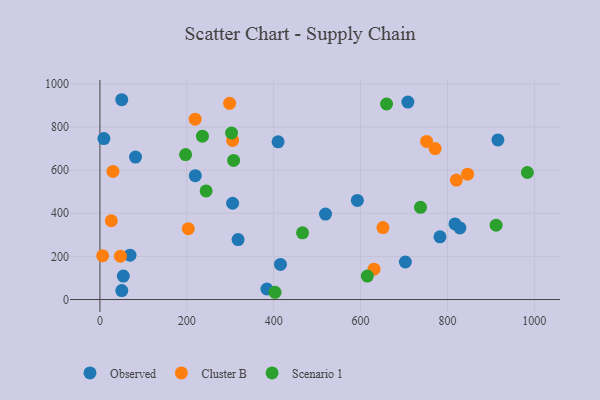
{"axis": {"x": "Investment", "y": "Rating"}, "legend": ["Cluster B", "Observed", "Scenario 1"], "data": [{"x": "916.2", "y": 740.2, "type": "Observed"}, {"x": "410.1", "y": 731.5, "type": "Observed"}, {"x": "305.4", "y": 446.5, "type": "Observed"}, {"x": "415.6", "y": 162.8, "type": "Observed"}, {"x": "50.3", "y": 41.4, "type": "Observed"}, {"x": "592.6", "y": 459.9, "type": "Observed"}, {"x": "519.3", "y": 396.4, "type": "Observed"}, {"x": "703.1", "y": 174.2, "type": "Observed"}, {"x": "708.9", "y": 915.9, "type": "Observed"}, {"x": "9.1", "y": 746.7, "type": "Observed"}, {"x": "50.2", "y": 926.7, "type": "Observed"}, {"x": "318.0", "y": 278.2, "type": "Observed"}, {"x": "782.8", "y": 290.7, "type": "Observed"}, {"x": "817.4", "y": 350.5, "type": "Observed"}, {"x": "53.8", "y": 108.8, "type": "Observed"}, {"x": "69.2", "y": 205.8, "type": "Observed"}, {"x": "219.5", "y": 574.4, "type": "Observed"}, {"x": "81.9", "y": 660.8, "type": "Observed"}, {"x": "828.7", "y": 332.1, "type": "Observed"}, {"x": "384.4", "y": 49.0, "type": "Observed"}, {"x": "203.4", "y": 328.8, "type": "Cluster B"}, {"x": "631.0", "y": 141.0, "type": "Cluster B"}, {"x": "6.2", "y": 203.1, "type": "Cluster B"}, {"x": "219.2", "y": 836.5, "type": "Cluster B"}, {"x": "47.2", "y": 201.2, "type": "Cluster B"}, {"x": "305.4", "y": 738.1, "type": "Cluster B"}, {"x": "651.5", "y": 333.9, "type": "Cluster B"}, {"x": "771.6", "y": 700.3, "type": "Cluster B"}, {"x": "820.5", "y": 553.9, "type": "Cluster B"}, {"x": "30.0", "y": 594.2, "type": "Cluster B"}, {"x": "752.0", "y": 733.4, "type": "Cluster B"}, {"x": "298.5", "y": 909.9, "type": "Cluster B"}, {"x": "26.2", "y": 365.3, "type": "Cluster B"}, {"x": "846.4", "y": 581.3, "type": "Cluster B"}, {"x": "244.4", "y": 503.9, "type": "Scenario 1"}, {"x": "403.1", "y": 33.7, "type": "Scenario 1"}, {"x": "984.0", "y": 589.2, "type": "Scenario 1"}, {"x": "307.7", "y": 645.2, "type": "Scenario 1"}, {"x": "615.6", "y": 108.7, "type": "Scenario 1"}, {"x": "235.9", "y": 757.7, "type": "Scenario 1"}, {"x": "197.2", "y": 672.1, "type": "Scenario 1"}, {"x": "466.4", "y": 309.3, "type": "Scenario 1"}, {"x": "738.0", "y": 427.9, "type": "Scenario 1"}, {"x": "303.0", "y": 772.4, "type": "Scenario 1"}, {"x": "659.8", "y": 906.8, "type": "Scenario 1"}, {"x": "912.0", "y": 344.7, "type": "Scenario 1"}]}